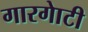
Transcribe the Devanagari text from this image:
गारगाेटी